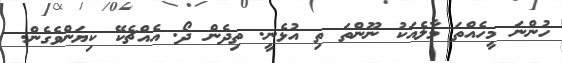
ހުންނަ މީހެއްތަ މާލެއަކު ނޫންތަ ތި އުޅެނީ. ތިދެން ދޯ. އެއްޗެކޭ ކިޔަންވެގެން.